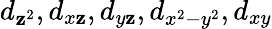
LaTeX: d_{\mathbf{z}^{2}},d_{x\mathbf{z}},d_{y\mathbf{z}},d_{x^{2}-y^{2}},d_{xy}